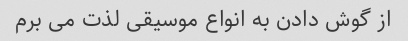
از گوش دادن به انواع موسیقی لذت می برم